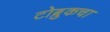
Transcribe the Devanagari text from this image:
टोब्रुकचा